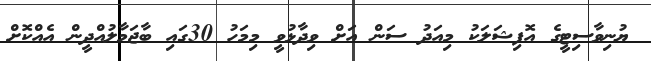
ޔުނިވާސިޓީގެ އޮފިޝަލަކު މިއަދު ސަން އަށް ވިދާޅުވީ މިމަހު 30ގައި ބާޖަމާލުއްދީން އެއްކޮށް